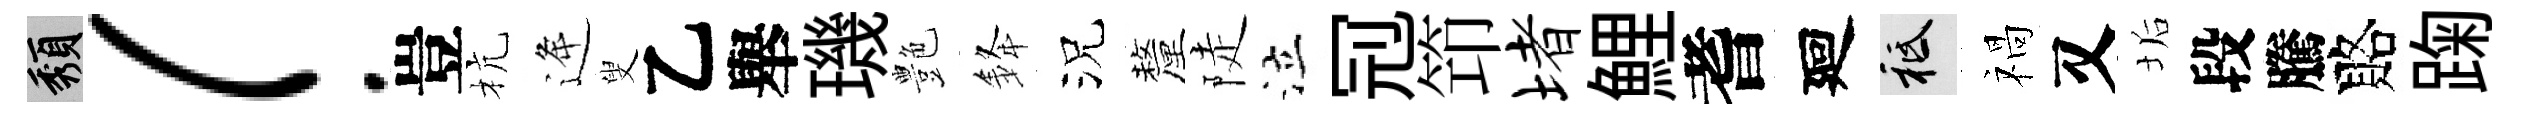
頽！豈杭逄叟乙舉璣艶𨦟況釐陡泣𠜍笻堵鯉耆廻祇禍又垢段騰賂踘